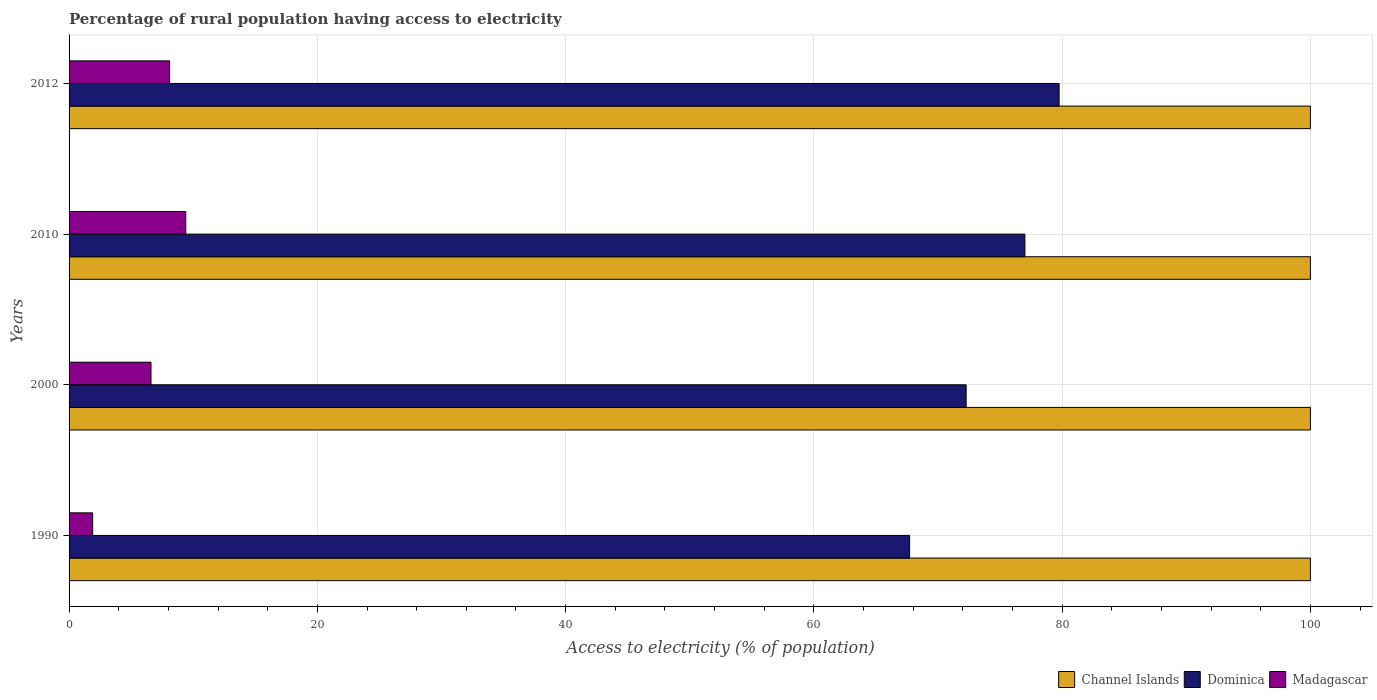
| Years | Channel Islands | Dominica | Madagascar |
 | --- | --- | --- | --- |
 | 1990 | 100 | 67.7 | 1.9 |
 | 2000 | 100 | 72.3 | 6.6 |
 | 2010 | 100 | 77 | 9.4 |
 | 2012 | 100 | 79.8 | 8.1 |